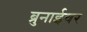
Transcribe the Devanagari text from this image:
ब्रुनाईवर